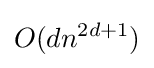
O(dn^{2d+1})